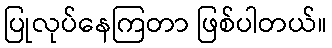
ပြုလုပ်နေကြတာ ဖြစ်ပါတယ်။